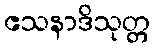
ဧသနာဒိသုတ္တ